画像に写った文字を読んでください
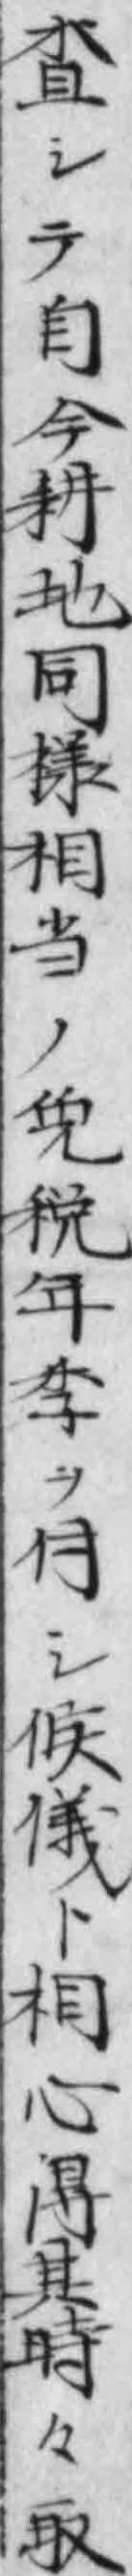
「査シテ自今耕地同様相当ノ免税年季ヲ付シ候儀ト相心得其時々取」と書いてあります